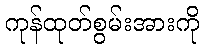
ကုန်ထုတ်စွမ်းအားကို